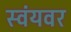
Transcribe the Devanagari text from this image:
स्वंयवर